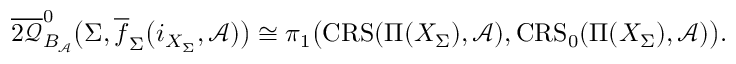
\boldsymbol { \overline { { 2 \mathcal { Q } } } } _ { B _ { \mathcal { A } } } ^ { 0 } \big ( \Sigma , \overline { { f } } _ { \Sigma } \big ( i _ { X _ { \Sigma } } , \mathcal { A } ) \big ) \cong \pi _ { 1 } \big ( \mathbf { \mathrm { C R S } } ( \Pi ( X _ { \Sigma } ) , \mathcal { A } ) , \mathbf { \mathrm { C R S } } _ { 0 } ( \Pi ( X _ { \Sigma } ) , \mathcal { A } ) \big ) .